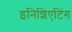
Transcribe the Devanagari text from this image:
इनिशिएटिंग